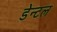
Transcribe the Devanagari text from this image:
डेन्टल